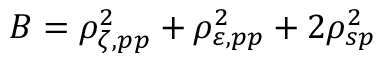
B = \rho _ { \zeta , p p } ^ { 2 } + \rho _ { \varepsilon , p p } ^ { 2 } + 2 \rho _ { s p } ^ { 2 }